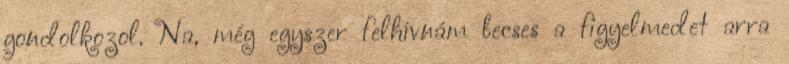
gondolkozol. Na, még egyszer felhívnám becses a figyelmedet arra